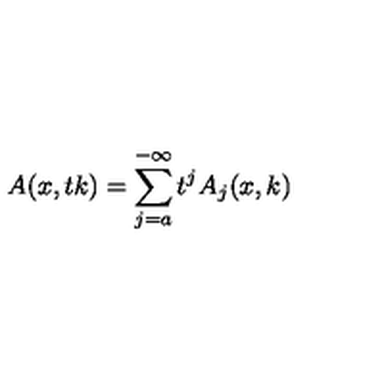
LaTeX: A ( x , t k ) = \sum _ { j = a } ^ { - \infty } t ^ { j } A _ { j } ( x , k )